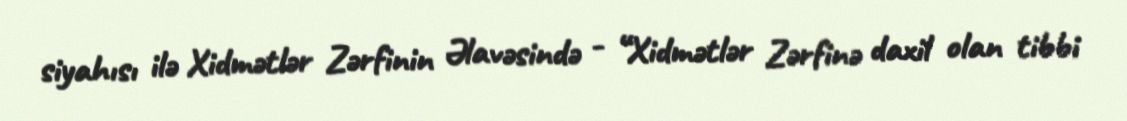
siyahısı ilə Xidmətlər Zərfinin Əlavəsində - “Xidmətlər Zərfinə daxil olan tibbi